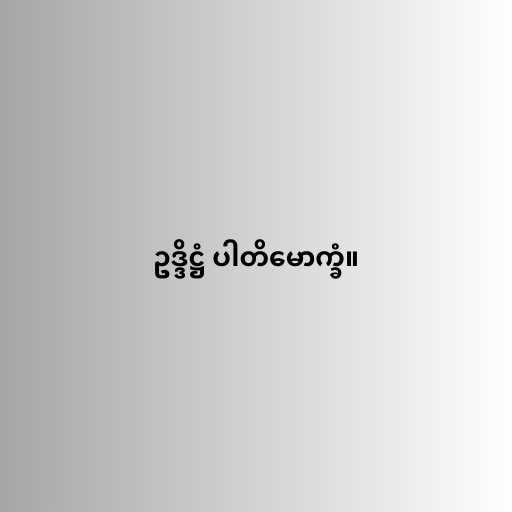
ဥဒ္ဒိဋ္ဌံ ပါတိမောက္ခံ။